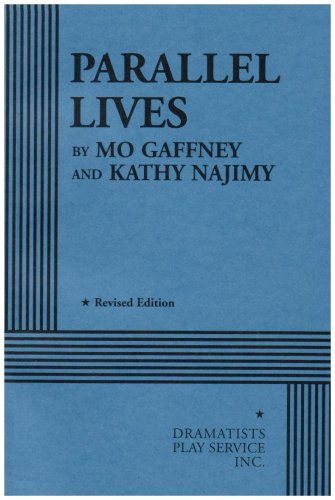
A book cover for Parallel Lives - based on The Kathy and Mo Show.; Mo Gaffney and Kathy Najimy; Humor & Entertainment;